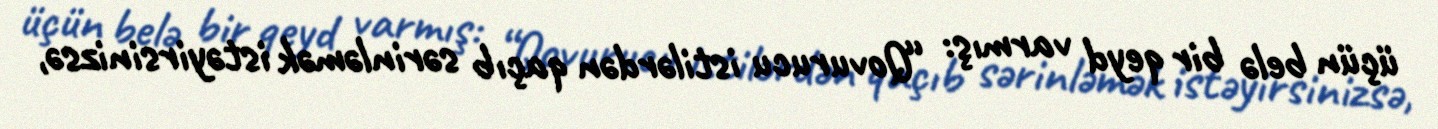
üçün belə bir qeyd varmış: “Qovurucu istilərdən qaçıb sərinləmək istəyirsinizsə,